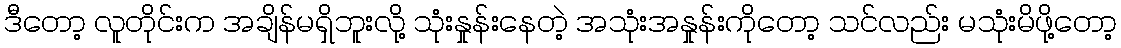
ဒီတော့ လူတိုင်းက အချိန်မရှိဘူးလို့ သုံးနှုန်းနေတဲ့ အသုံးအနှုန်းကိုတော့ သင်လည်း မသုံးမိဖို့တော့